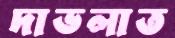
দাভলাত